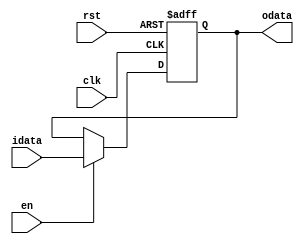
/*MIT License

Copyright (c) 2020 Debtanu Mukherjee

Permission is hereby granted, free of charge, to any person obtaining a copy
of this software and associated documentation files (the "Software"), to deal
in the Software without restriction, including without limitation the rights
to use, copy, modify, merge, publish, distribute, sublicense, and/or sell
copies of the Software, and to permit persons to whom the Software is
furnished to do so, subject to the following conditions:

The above copyright notice and this permission notice shall be included in all
copies or substantial portions of the Software.

THE SOFTWARE IS PROVIDED "AS IS", WITHOUT WARRANTY OF ANY KIND, EXPRESS OR
IMPLIED, INCLUDING BUT NOT LIMITED TO THE WARRANTIES OF MERCHANTABILITY,
FITNESS FOR A PARTICULAR PURPOSE AND NONINFRINGEMENT. IN NO EVENT SHALL THE
AUTHORS OR COPYRIGHT HOLDERS BE LIABLE FOR ANY CLAIM, DAMAGES OR OTHER
LIABILITY, WHETHER IN AN ACTION OF CONTRACT, TORT OR OTHERWISE, ARISING FROM,
OUT OF OR IN CONNECTION WITH THE SOFTWARE OR THE USE OR OTHER DEALINGS IN THE
SOFTWARE.
*/


`timescale 10ns/1ns
module register(clk, rst, en, idata, odata);

parameter DATASIZE = 8;

input clk, rst, en;
input [DATASIZE-1:0] idata;
output [DATASIZE-1:0] odata;

reg [DATASIZE-1:0] odata;


always @(posedge clk or posedge rst) begin
	if(rst)
		odata <= {DATASIZE{1'b0}};
	else if(en)
		odata <= idata;
end


endmodule